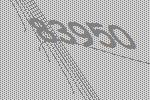
83950